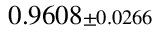
0 . 9 6 0 8 { \scriptstyle \pm 0 . 0 2 6 6 }